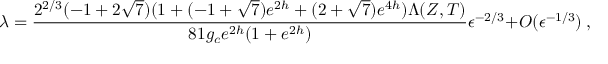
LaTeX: \lambda = { \frac { 2 ^ { 2 / 3 } ( - 1 + 2 \sqrt { 7 } ) ( 1 + ( - 1 + \sqrt { 7 } ) e ^ { 2 h } + ( 2 + \sqrt { 7 } ) e ^ { 4 h } ) \Lambda ( Z , T ) } { 8 1 g _ { c } e ^ { 2 h } ( 1 + e ^ { 2 h } ) } } \epsilon ^ { - 2 / 3 } + { \cal O } ( \epsilon ^ { - 1 / 3 } ) \ ,